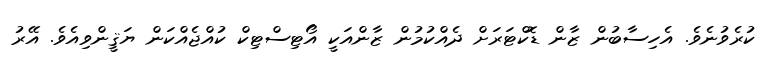
ކުރެވުނެވެ. އެހިސާބުން ޒާން ޑޮކްޓަރަށް ދެއްކުމުން ޒާންއަކީ އޯޓިސްޓިކް ކުއްޖެއްކަން ޔަޤީންވިއެވެ. އޭރު